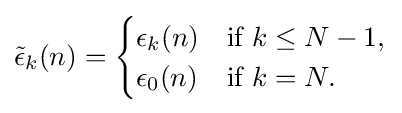
{\tilde {\epsilon }}_{k}(n)={\begin{cases}\epsilon _{k}(n)&{\text{if }}k\leq N-1,\\\epsilon _{0}(n)&{\text{if }}k=N.\end{cases}}